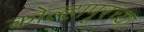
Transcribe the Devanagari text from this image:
कोल्हापूरच्‍या